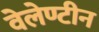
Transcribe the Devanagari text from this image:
वेलेण्टीन